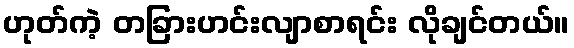
ဟုတ်ကဲ့ တခြားဟင်းလျာစာရင်း လိုချင်တယ်။